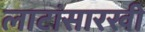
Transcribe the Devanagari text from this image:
लाटांसारखी